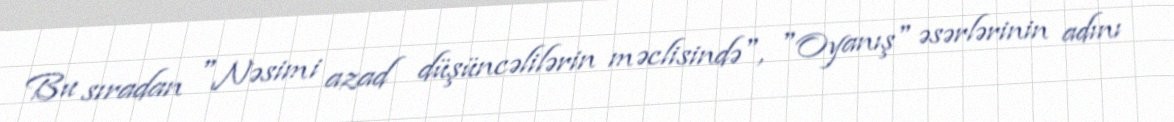
Bu sıradan "Nəsimi azad düşüncəlilərin məclisində", "Oyanış" əsərlərinin adını